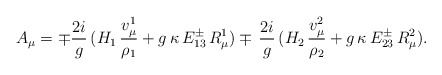
\begin{align*}A_\mu=\mp{2i\over g}\,(H_1\,{v_\mu^1\over\rho_1}+g\,\kappa\,E_{13}^\pm\,R^1_\mu)\mp\,{2i\over g}\,(H_2\,{v_\mu^2\over\rho_2}+g\,\kappa\,E_{23}^\pm\,R^2_\mu).\end{align*}